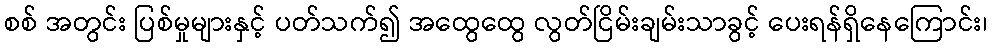
စစ် အတွင်း ပြစ်မှုများနှင့် ပတ်သက်၍ အထွေထွေ လွတ်ငြိမ်းချမ်းသာခွင့် ပေးရန်ရှိနေကြောင်း၊